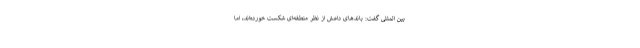
بین المللی گفت: باندهای داعش از نظر منطقه‌ای شکست خورده‌اند، اما